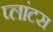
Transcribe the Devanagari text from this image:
प्लांटस